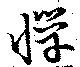
憚